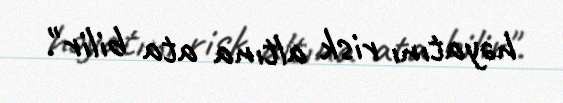
həyatını risk altına ata bilir".